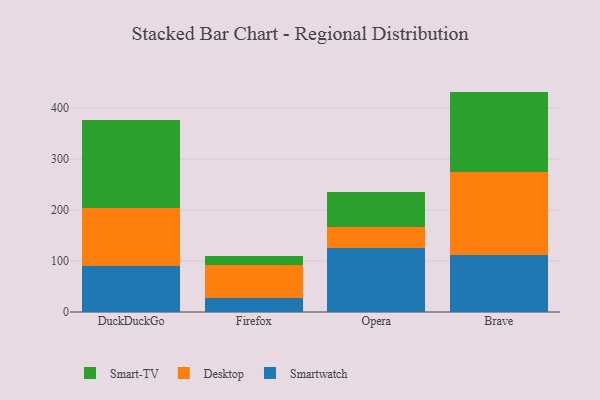
{"axis": {"x": "Browser", "y": "Budget (USD K)"}, "legend": ["Desktop", "Smart-TV", "Smartwatch"], "data": [{"x": "DuckDuckGo", "y": 89.5, "type": "Smartwatch"}, {"x": "DuckDuckGo", "y": 113.7, "type": "Desktop"}, {"x": "DuckDuckGo", "y": 174.4, "type": "Smart-TV"}, {"x": "Firefox", "y": 26.7, "type": "Smartwatch"}, {"x": "Firefox", "y": 65.5, "type": "Desktop"}, {"x": "Firefox", "y": 17.9, "type": "Smart-TV"}, {"x": "Opera", "y": 126.0, "type": "Smartwatch"}, {"x": "Opera", "y": 41.3, "type": "Desktop"}, {"x": "Opera", "y": 68.0, "type": "Smart-TV"}, {"x": "Brave", "y": 111.1, "type": "Smartwatch"}, {"x": "Brave", "y": 162.8, "type": "Desktop"}, {"x": "Brave", "y": 158.5, "type": "Smart-TV"}]}